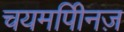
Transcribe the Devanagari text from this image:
चयमपीिनज़